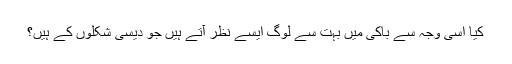
کیا اسی وجہ سے باکی میں بہت سے لوگ ایسے نظر آتے ہیں جو دیسی شکلوں کے ہیں؟